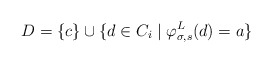
\begin{align*}D = \{c\} \cup \{d \in C_i \mid \varphi_{\sigma, s}^L(d) = a\}\end{align*}